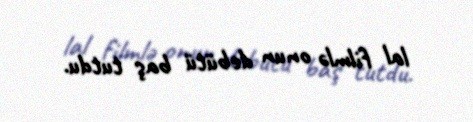
lal filmlə onun debütü baş tutdu.